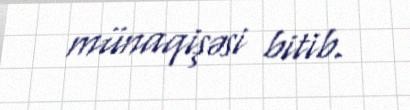
münaqişəsi bitib.